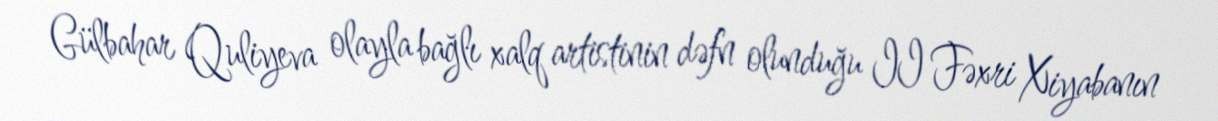
Gülbahar Quliyeva olayla bağlı xalq artistinin dəfn olunduğu II Fəxri Xiyabanın